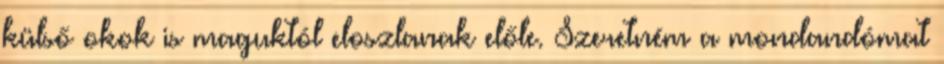
külső okok is maguktól eloszlanak előle. Szeretném a mondandómat